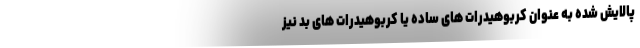
پالایش شده به عنوان کربوهیدرات های ساده یا کربوهیدرات های بد نیز